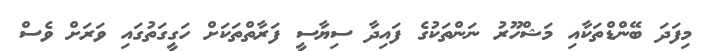
މިފަދަ ބޭންޑްތަކާއި މަޝްހޫރު ނަންތަކުގެ ފައިދާ ސިޔާސީ ފަރާތްތަކަށް ހަގީގަތުގައި ވަރަށް ވެސް